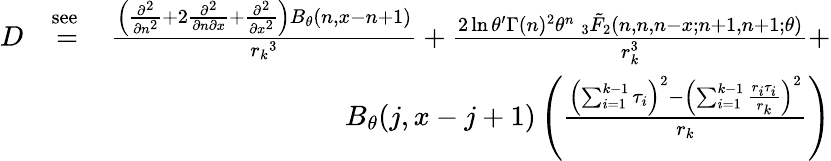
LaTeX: \begin{array}{rlr}{D}&{\stackrel{\mathrm{see~}}{=}}&{\frac{\Big(\frac{\partial^{2}}{\partial n^{2}}+2\frac{\partial^{2}}{\partial n\partial x}+\frac{\partial^{2}}{\partial x^{2}}\Big)B_{\theta}(n,x-n+1)}{{r_{k}}^{3}}+\frac{2\ln\theta^{\prime}\Gamma(n)^{2}{\theta}^{n}\: _{3}\tilde{F}_{2}(n,n,n-x;n+1,n+1;\theta)}{r_{k}^{3}}+}\\ &{}&{B_{\theta}(j,x-j+1)\left(\frac{\left(\sum_{i=1}^{k-1}\tau_{i}\right)^{2}-\left(\sum_{i=1}^{k-1}\frac{r_{i}\tau_{i}}{r_{k}}\right)^{2}}{r_{k}}\right)}\end{array}